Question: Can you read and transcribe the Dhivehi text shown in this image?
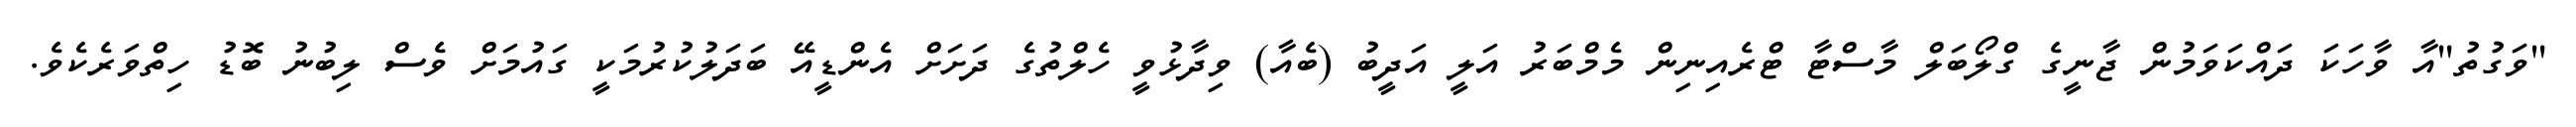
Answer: "ވަގުތު"އާ ވާހަކަ ދައްކަވަމުން ޖާނީގެ ގްލޯބަލް މާސްޓާ ޓްރެއިނިން މެމްބަރު އަލީ އަދީބު (ބެއާ) ވިދާޅުވީ ހެލްތުގެ ދަށަށް އެންޑީއޭ ބަދަލުކުރުމަކީ ގައުމަށް ވެސް ލިބުނު ބޮޑު ހިތްވަރެކެވެ.